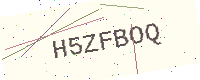
Text: H5ZFBOQ